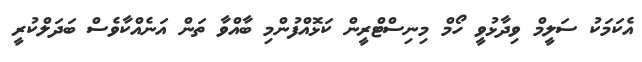
އެކަމަކު ސަލީމް ވިދާޅުވީ ހޯމް މިނިސްޓްރީން ކަޅޮއްފުންމި ބާއްވާ ތަން އަނެއްކާވެސް ބަދަލްކުރީ